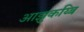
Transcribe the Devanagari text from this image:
आझुकय्बि